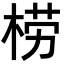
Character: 𣓿